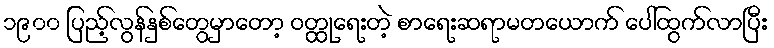
၁၉၀၀ ပြည့်လွန်နှစ်တွေမှာတော့ ဝတ္ထုရေးတဲ့ စာရေးဆရာမတယောက် ပေါ်ထွက်လာပြီး